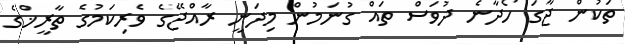
ތަކުން ޖާގަ ހޯދާނެ ދުވަސްް ތައް ގުނަމުން މިދަނީ ރާއްޖޭގެ ވެރިކަމުގެ ތާރީޚްގެ